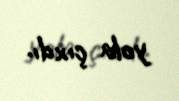
yola çıxdı.